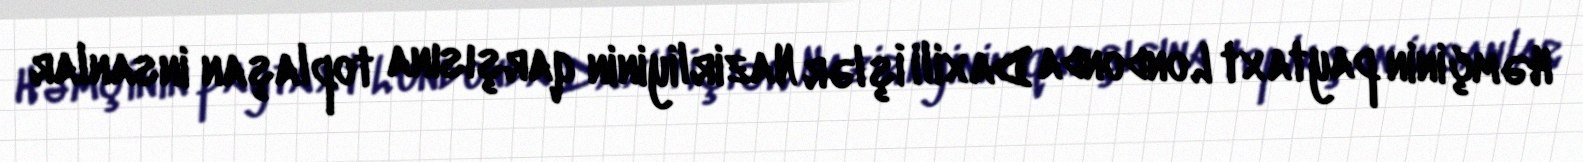
Həmçinin paytaxt Londonda Daxili İşlər Nazirliyinin qarşısına toplaşan insanlar